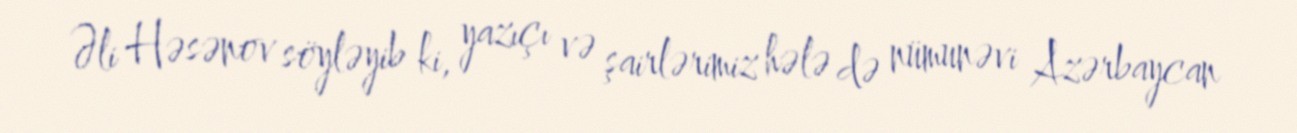
Əli Həsənov söyləyib ki, yazıçı və şairlərimiz hələ də nümunəvi Azərbaycan